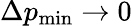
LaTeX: \Delta p_{\mathrm{min}}\rightarrow 0